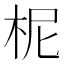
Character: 柅